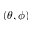
( \theta , \phi )